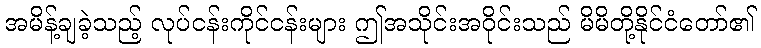
အမိန့်ချခဲ့သည့် လုပ်ငန်းကိုင်ငန်းများ ဤအသိုင်းအဝိုင်းသည် မိမိတို့နိုင်ငံတော်၏